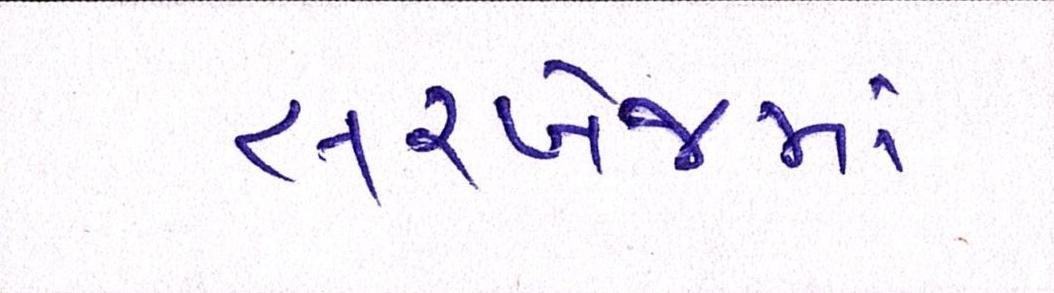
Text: સરખેજમાં